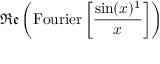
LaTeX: \, { \mathfrak { R e } } \left( { \mathrm { F o u r i e r } } \left[ { \frac { \sin ( x ) ^ { 1 } } { x } } \right] \right)